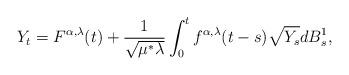
LaTeX: \begin{align*}Y_t=F^{\alpha,\lambda}(t)+\frac{1}{\sqrt{\mu^*\lambda}} \int_0^t f^{\alpha,\lambda}(t-s)\sqrt{Y_s}dB^1_s,\end{align*}